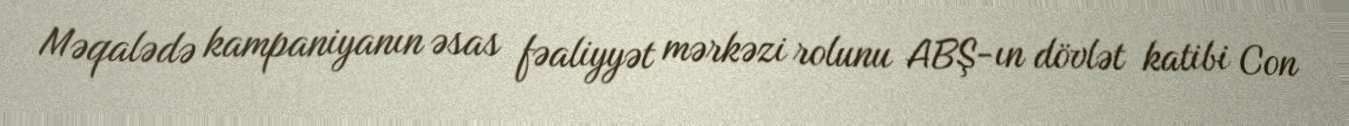
Məqalədə kampaniyanın əsas fəaliyyət mərkəzi rolunu ABŞ-ın dövlət katibi Con